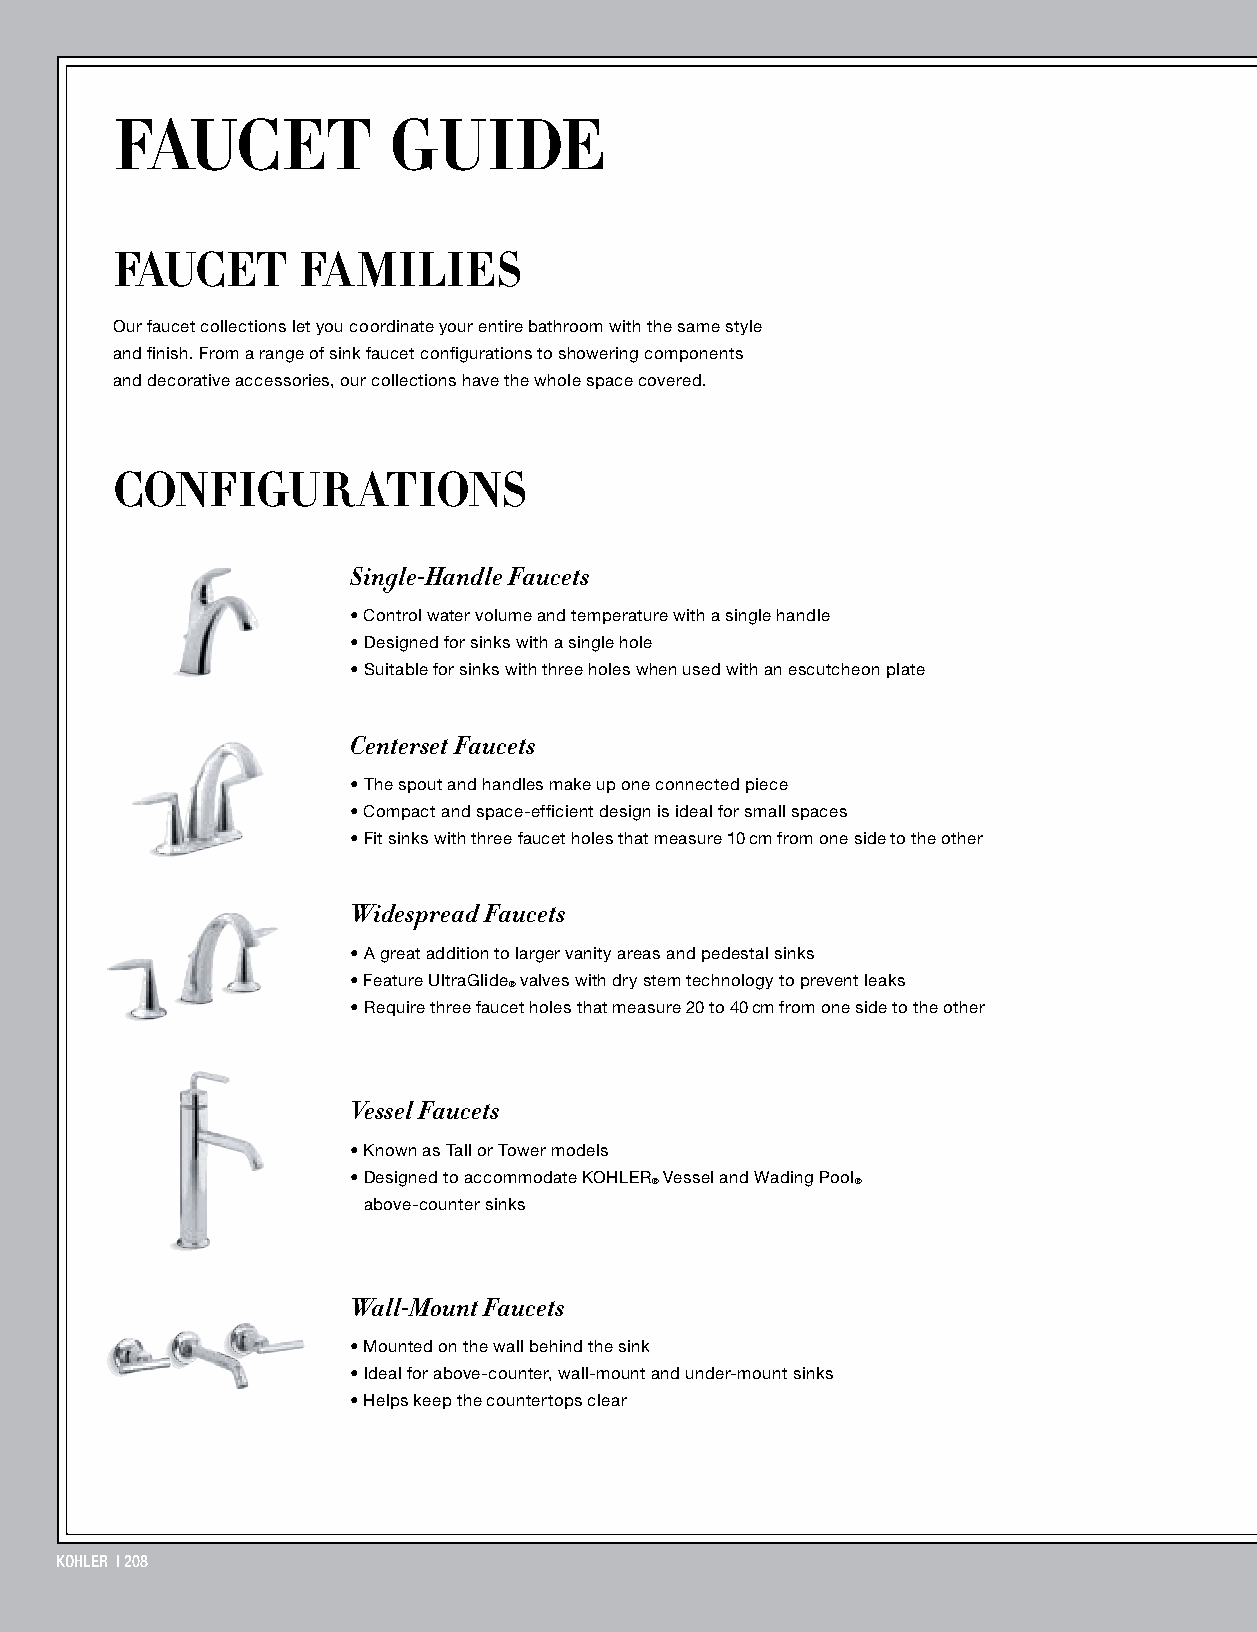
FAUCET             GUIDE
 FAUCET       FAMILIES
 Our faucet collections let you coordinate your entire bathroom with the same style
 and finish. From a range of sink faucet configurations to showering components
 and decorative accessories, our collections have the whole space covered.
 CONFIGURATIONS
 Single-Handle Faucets
 • Control water volume and temperature with a single handle
 • Designed for sinks with a single hole
 • Suitable for sinks with three holes when used with an escutcheon plate
 Centerset Faucets
 • The spout and handles make up one connected piece
 • Compact and space-efficient design is ideal for small spaces
 • Fit sinks with three faucet holes that measure 10 cm from one side to the other
 Widespread Faucets
 • A great addition to larger vanity areas and pedestal sinks
 • Feature UltraGlide valves with dry stem technology to prevent leaks
 ®
 • Require three faucet holes that measure 20 to 40 cm from one side to the other
 Vessel Faucets
 • Known as Tall or Tower models
 • Designed to accommodate KOHLER Vessel and Wading Pool
 ®             ®
 above-counter sinks
 Wall-Mount Faucets
 • Mounted on the wall behind the sink
 • Ideal for above-counter, wall-mount and under-mount sinks
 • Helps keep the countertops clear
 KOHLER | 208
 KOHLER | 208